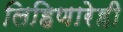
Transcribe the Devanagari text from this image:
लिहिणारेही